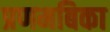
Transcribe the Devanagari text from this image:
प्रणमबिका